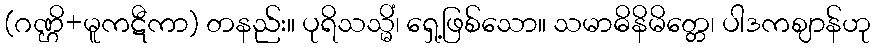
(ဂဏ္ဌိ+မူကဋီကာ) တနည်း။ ပုရိသသ္မိံ၊ ရှေ့ဖြစ်သော။ သမာဓိနိမိတ္တေ၊ ပါဒကဈာန်ဟု